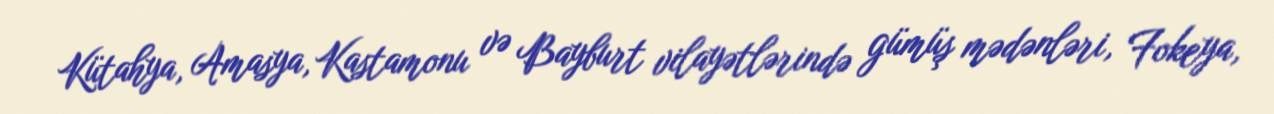
Kütahya, Amasya, Kastamonu və Bayburt vilayətlərində gümüş mədənləri, Fokeya,